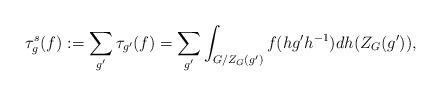
LaTeX: \begin{align*}\tau_g^s(f):=\sum_{g'}\tau_{g'}(f)=\sum_{g'}\int_{G/Z_G(g')}f(hg'h^{-1})dh(Z_G(g')),\end{align*}